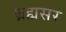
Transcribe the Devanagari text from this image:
ब्रह्मसर